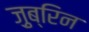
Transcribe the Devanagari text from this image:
ज़ुब्रिन